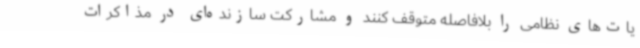
یات‌های نظامی را بلافاصله متوقف کنند و مشارکت سازنده‌ای در مذاکرات